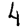
Digit: 4